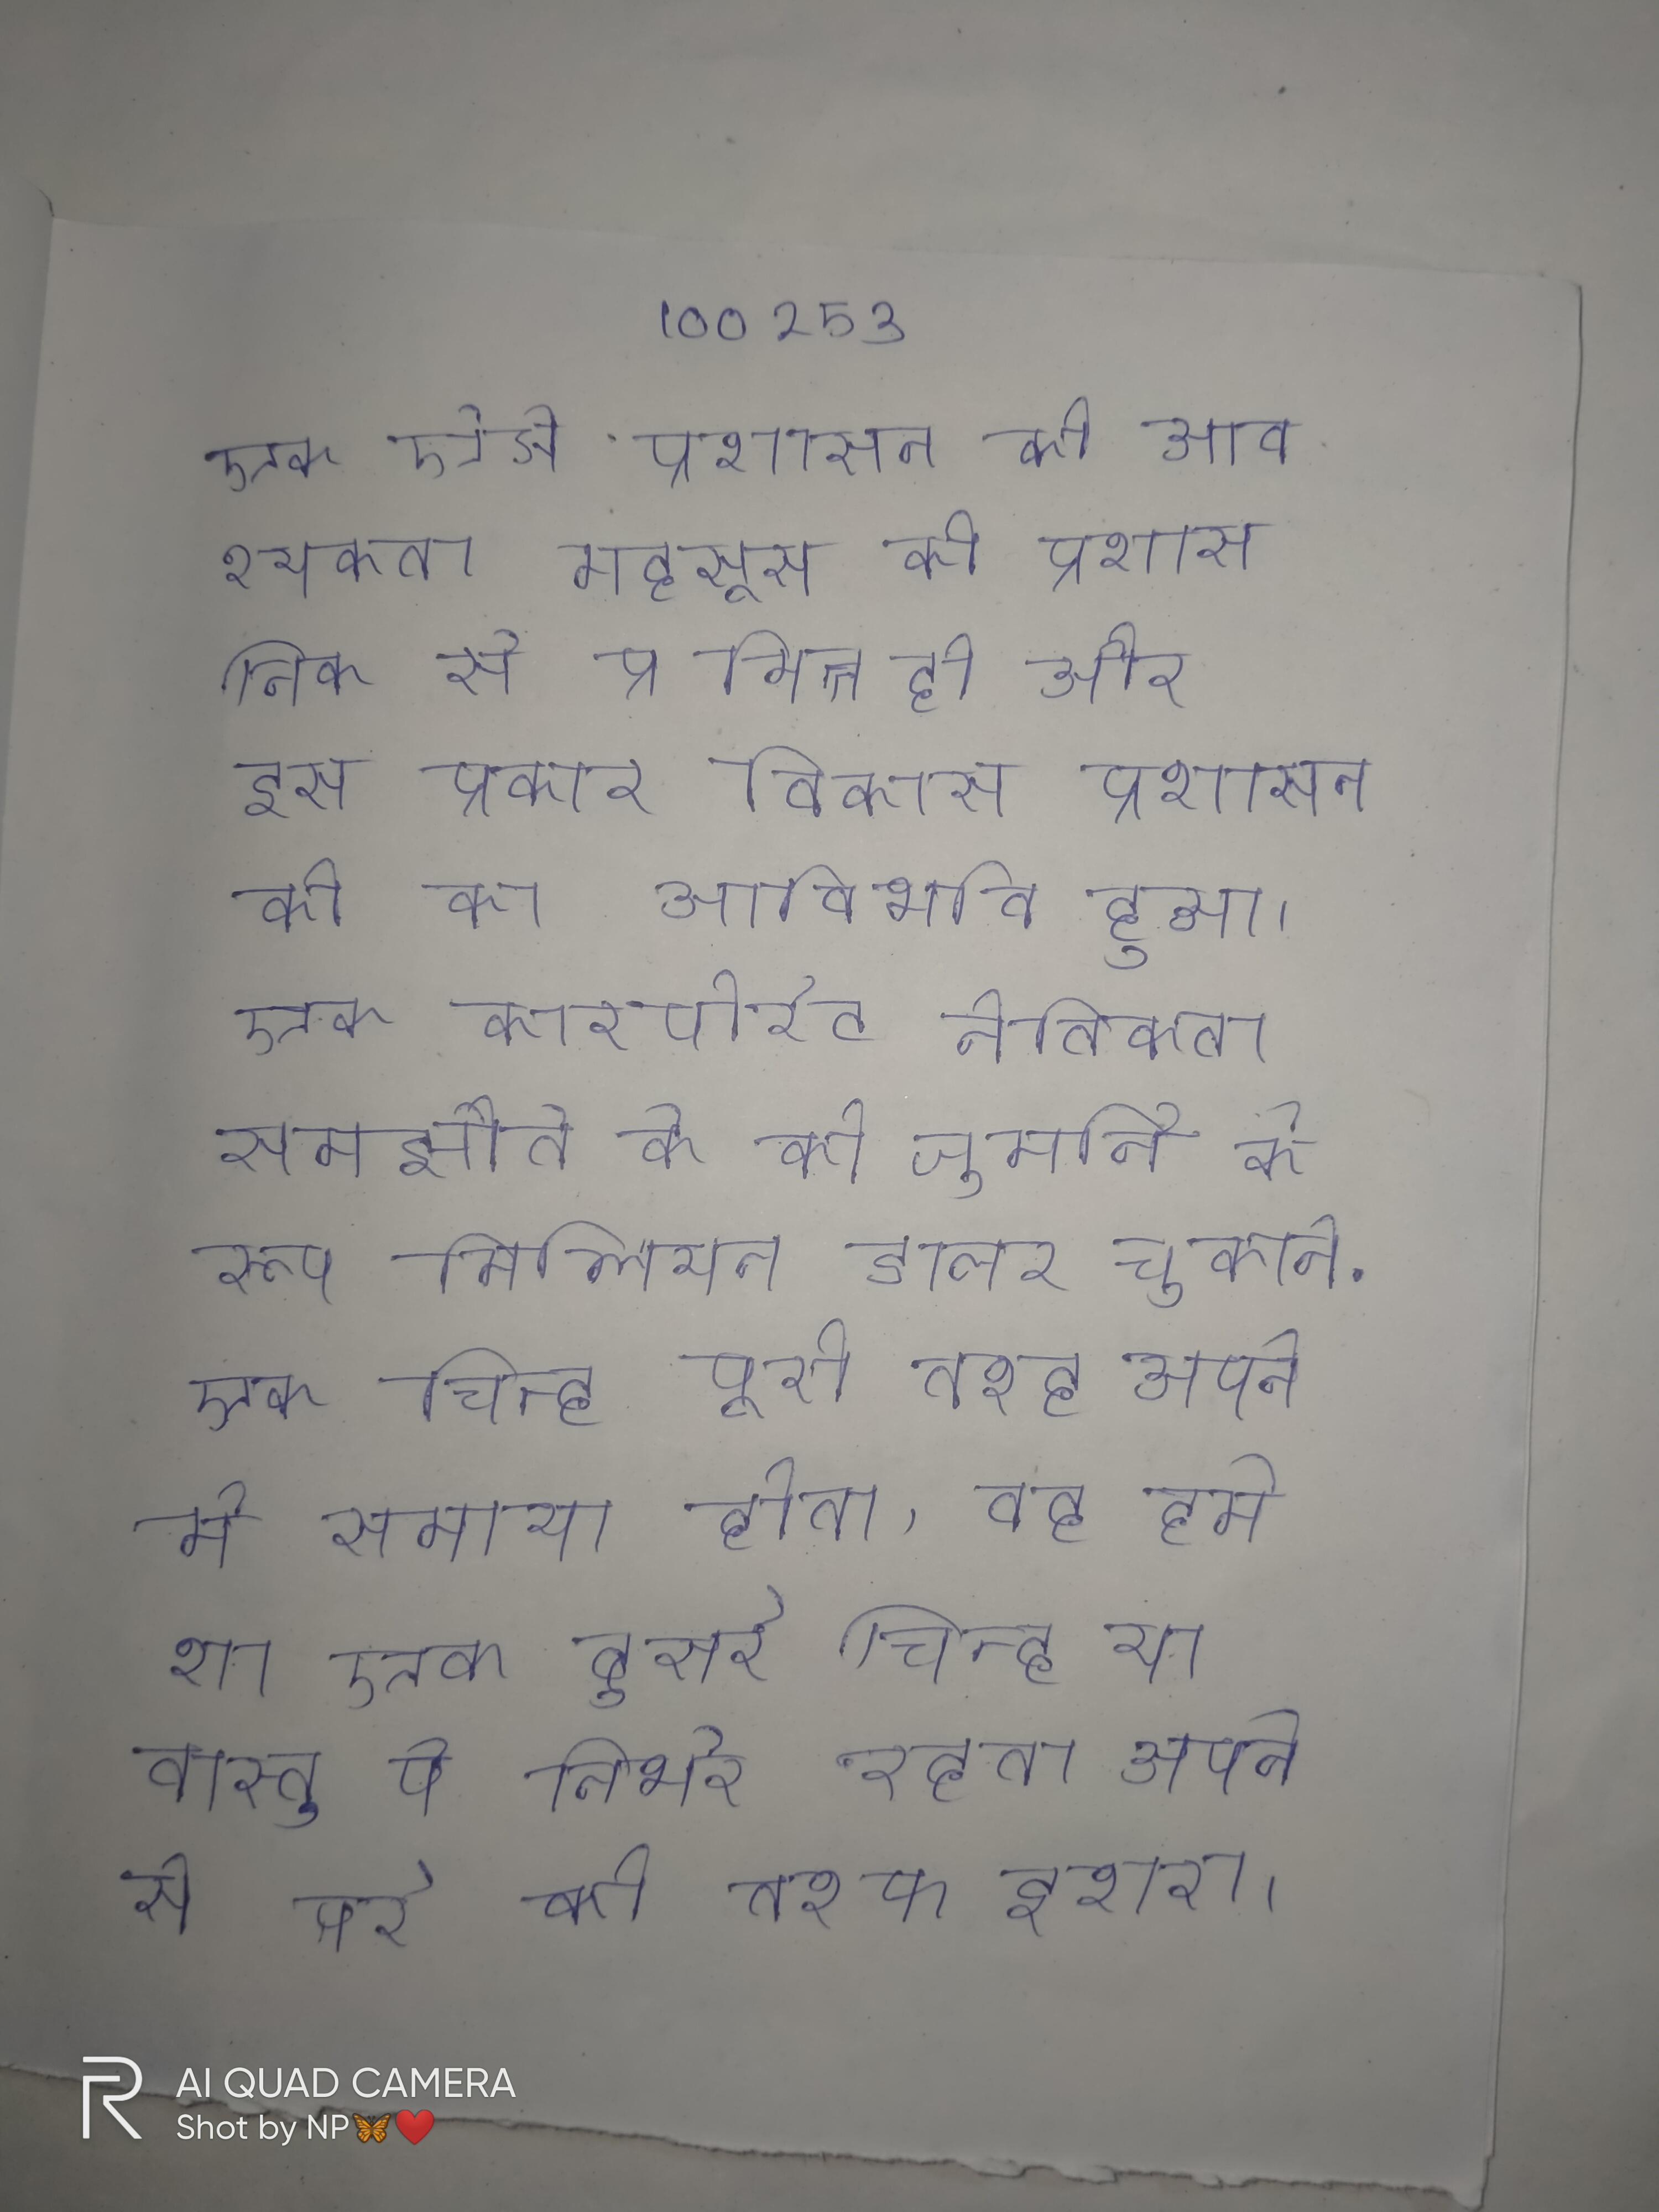
एक ऐसे प्रशासन की आवश्यकता महसूस की गई जो विकसित के प्रशासनिक से भिन्न हो और इस प्रकार विकास प्रशासन की का आविर्भाव हुआ । एक कारपोरेट नैतिकता समझौते के को जुर्माने के रूप मिलियन डालर चुकाने . एक चिन्ह पूरी तरह अपने मे समाया होता, वह हमेशा एक दुसरे चिन्ह या वास्तु पे निर्भर रहता अपने से परे की तरफ इशारा करता है ।